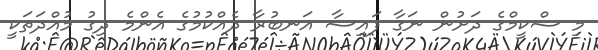
މި ސްކީމްގެ ދަށުން ނަގާ ފައިސާ އަނބުރާ ދެއްކުމުގެ އެންމެ ދިގު މުއްދަތަކީ